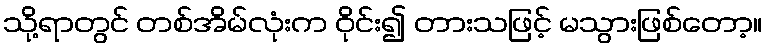
သို့ရာတွင် တစ်အိမ်လုံးက ဝိုင်း၍ တားသဖြင့် မသွားဖြစ်တော့။